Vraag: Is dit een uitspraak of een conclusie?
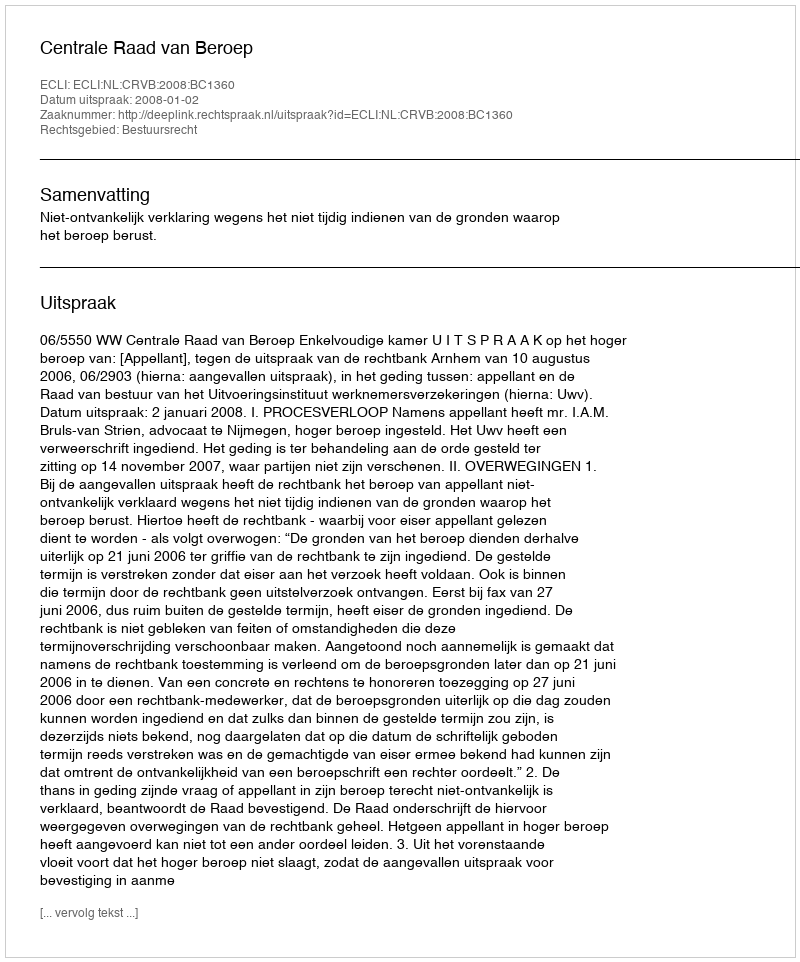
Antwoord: Uitspraak